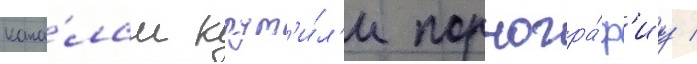
кана́лам крут'и́л'и порногра́ф'иу /